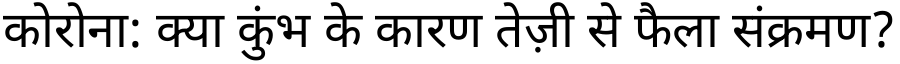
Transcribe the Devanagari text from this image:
कोरोना: क्या कुंभ के कारण तेज़ी से फैला संक्रमण?